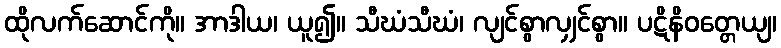
ထိုလက်ဆောင်ကို။ အာဒါယ၊ ယူ၍။ သီဃံသီဃံ၊ လျင်စွာလျှင်စွာ။ ပဋိနိဝတ္တေယျ၊